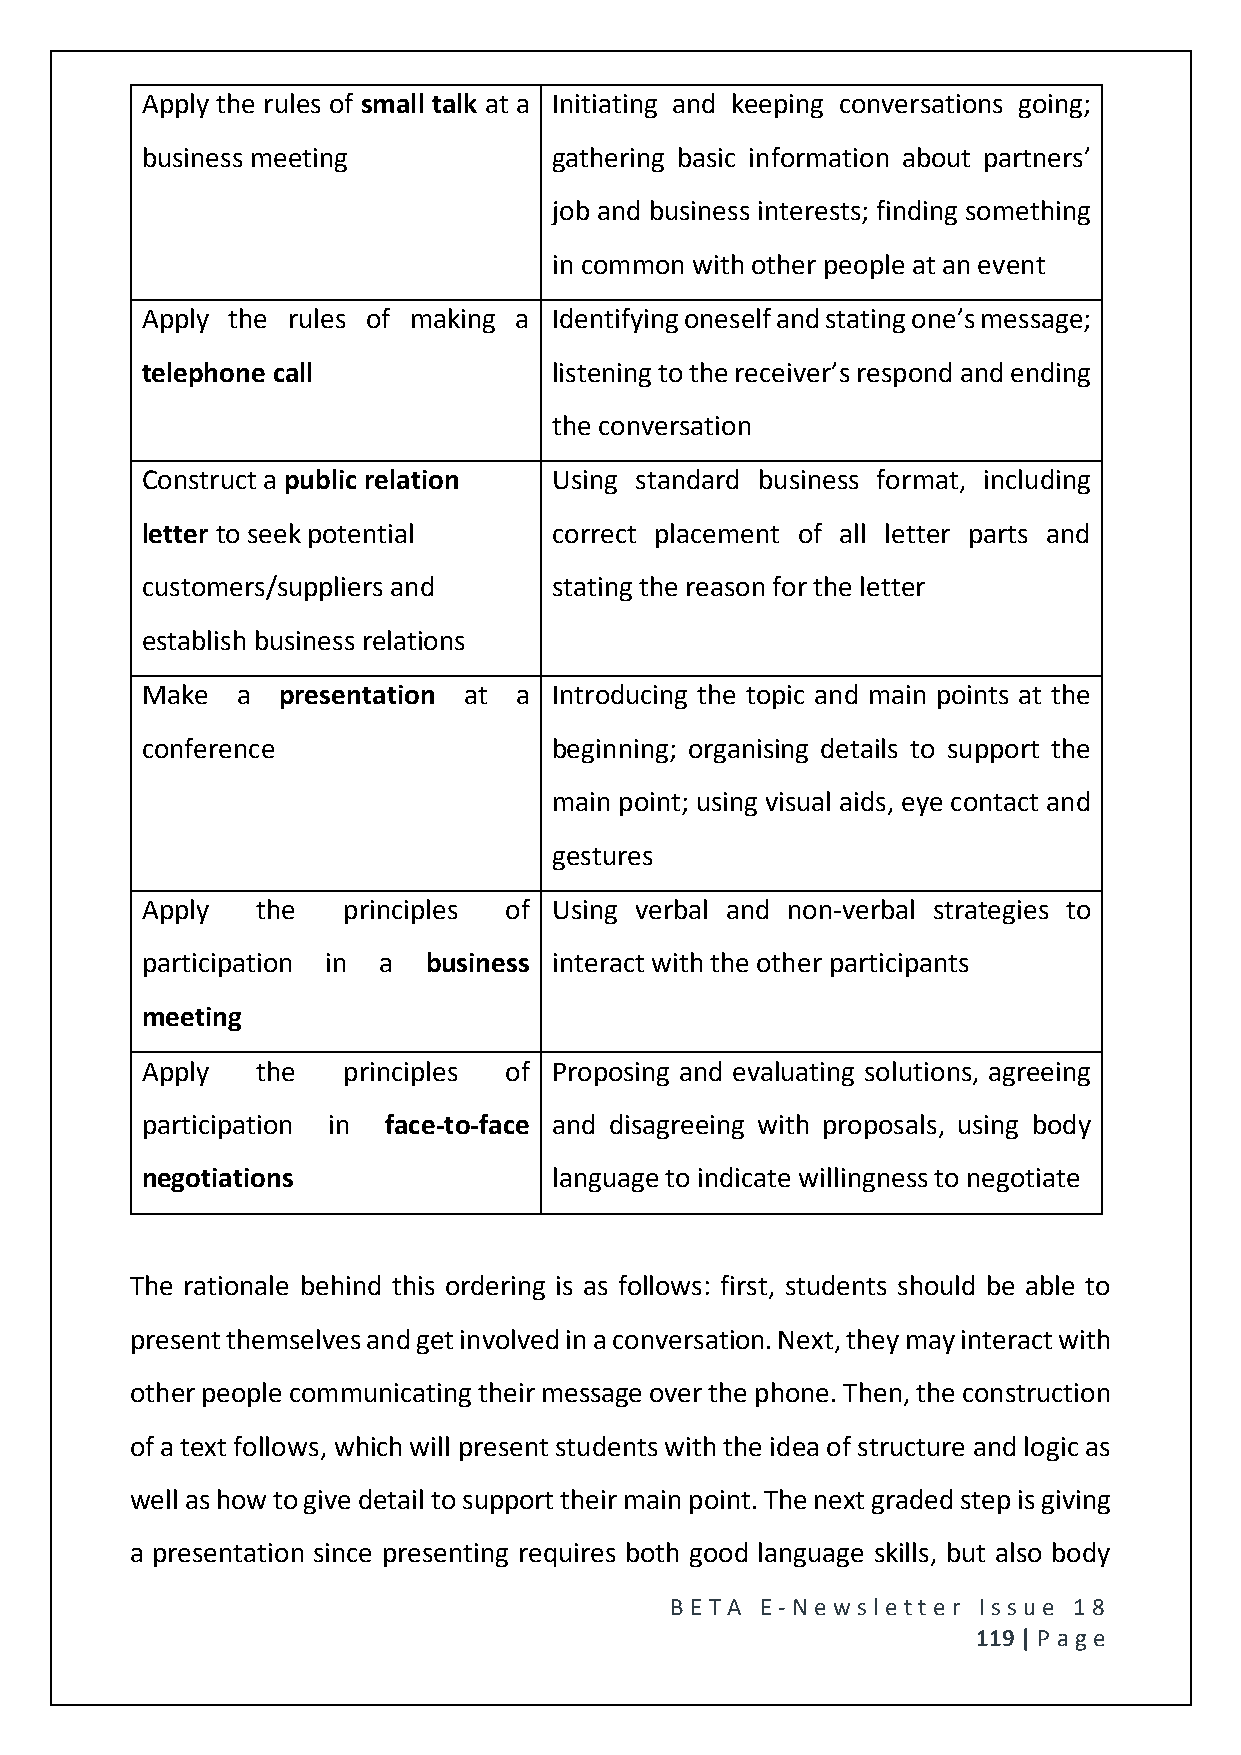
Apply the rules of small talk at a Initiating and keeping conversations going;
 business meeting            gathering basic information about partners’
 job and business interests; finding something
 in common with other people at an event
 Apply the rules of making a Identifying oneself and stating one’s message;
 telephone call              listening to the receiver’s respond and ending
 the conversation
 Construct a public relation Using standard business format, including
 letter to seek potential    correct placement of all letter parts and
 customers/suppliers and     stating the reason for the letter
 establish business relations
 Make   a presentation at a  Introducing the topic and main points at the
 conference                  beginning; organising details to support the
 main point; using visual aids, eye contact and
 gestures
 Apply   the   principles of Using verbal and non-verbal strategies to
 participation in a business interact with the other participants
 meeting
 Apply   the   principles of Proposing and evaluating solutions, agreeing
 participation in face-to-face and disagreeing with proposals, using body
 negotiations                language to indicate willingness to negotiate
 The rationale behind this ordering is as follows: first, students should be able to
 present themselves and get involved in a conversation. Next, they may interact with
 other people communicating their message over the phone. Then, the construction
 of a text follows, which will present students with the idea of structure and logic as
 well as how to give detail to support their main point. The next graded step is giving
 a presentation since presenting requires both good language skills, but also body
 BE T A E -N e wsle tt e r Issue 18
 119 | P age